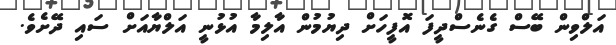
އަލްވިން ބޭސް ގެނެސްދީފަ އޮފީހަށް ދިޔުމުން އާލިމާ އުޅުނީ އަލްޔާއަށް ސައި ދޭށެވެ.